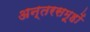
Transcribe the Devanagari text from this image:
अन्तरसमूहों